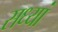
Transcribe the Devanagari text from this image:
सध्यां